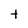
Character: t